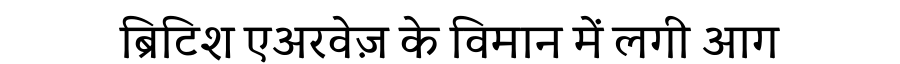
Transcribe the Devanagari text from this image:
ब्रिटिश एअरवेज़ के विमान में लगी आग